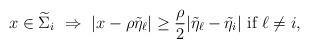
LaTeX: \begin{align*}x\in\widetilde\Sigma_i\ \Rightarrow\ |x-\rho\tilde\eta_{\ell}|\ge\frac\rho2|\tilde\eta_{\ell}-\tilde\eta_{i}|\ \hbox{if}\ \ell\not=i,\end{align*}